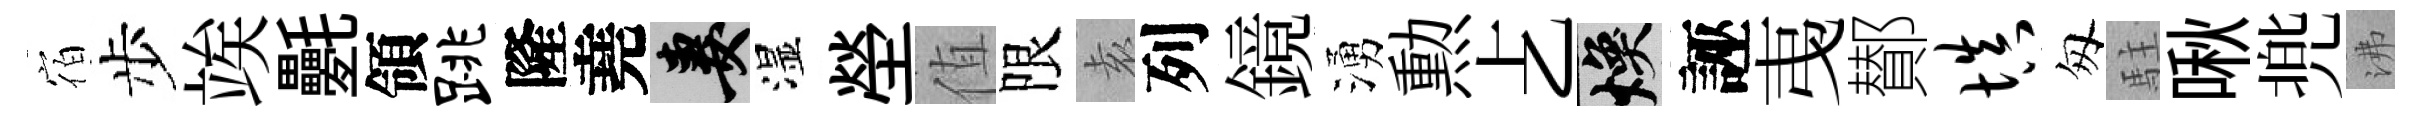
宿步竢氎領跳隆堯妻湿塋值限𡊮列鏡湧勲𠧒焕誣𢎯鄼填匆駐啾兠沸